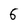
Character: 6